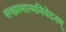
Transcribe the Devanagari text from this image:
सख्यमात्मनिवेदनम्